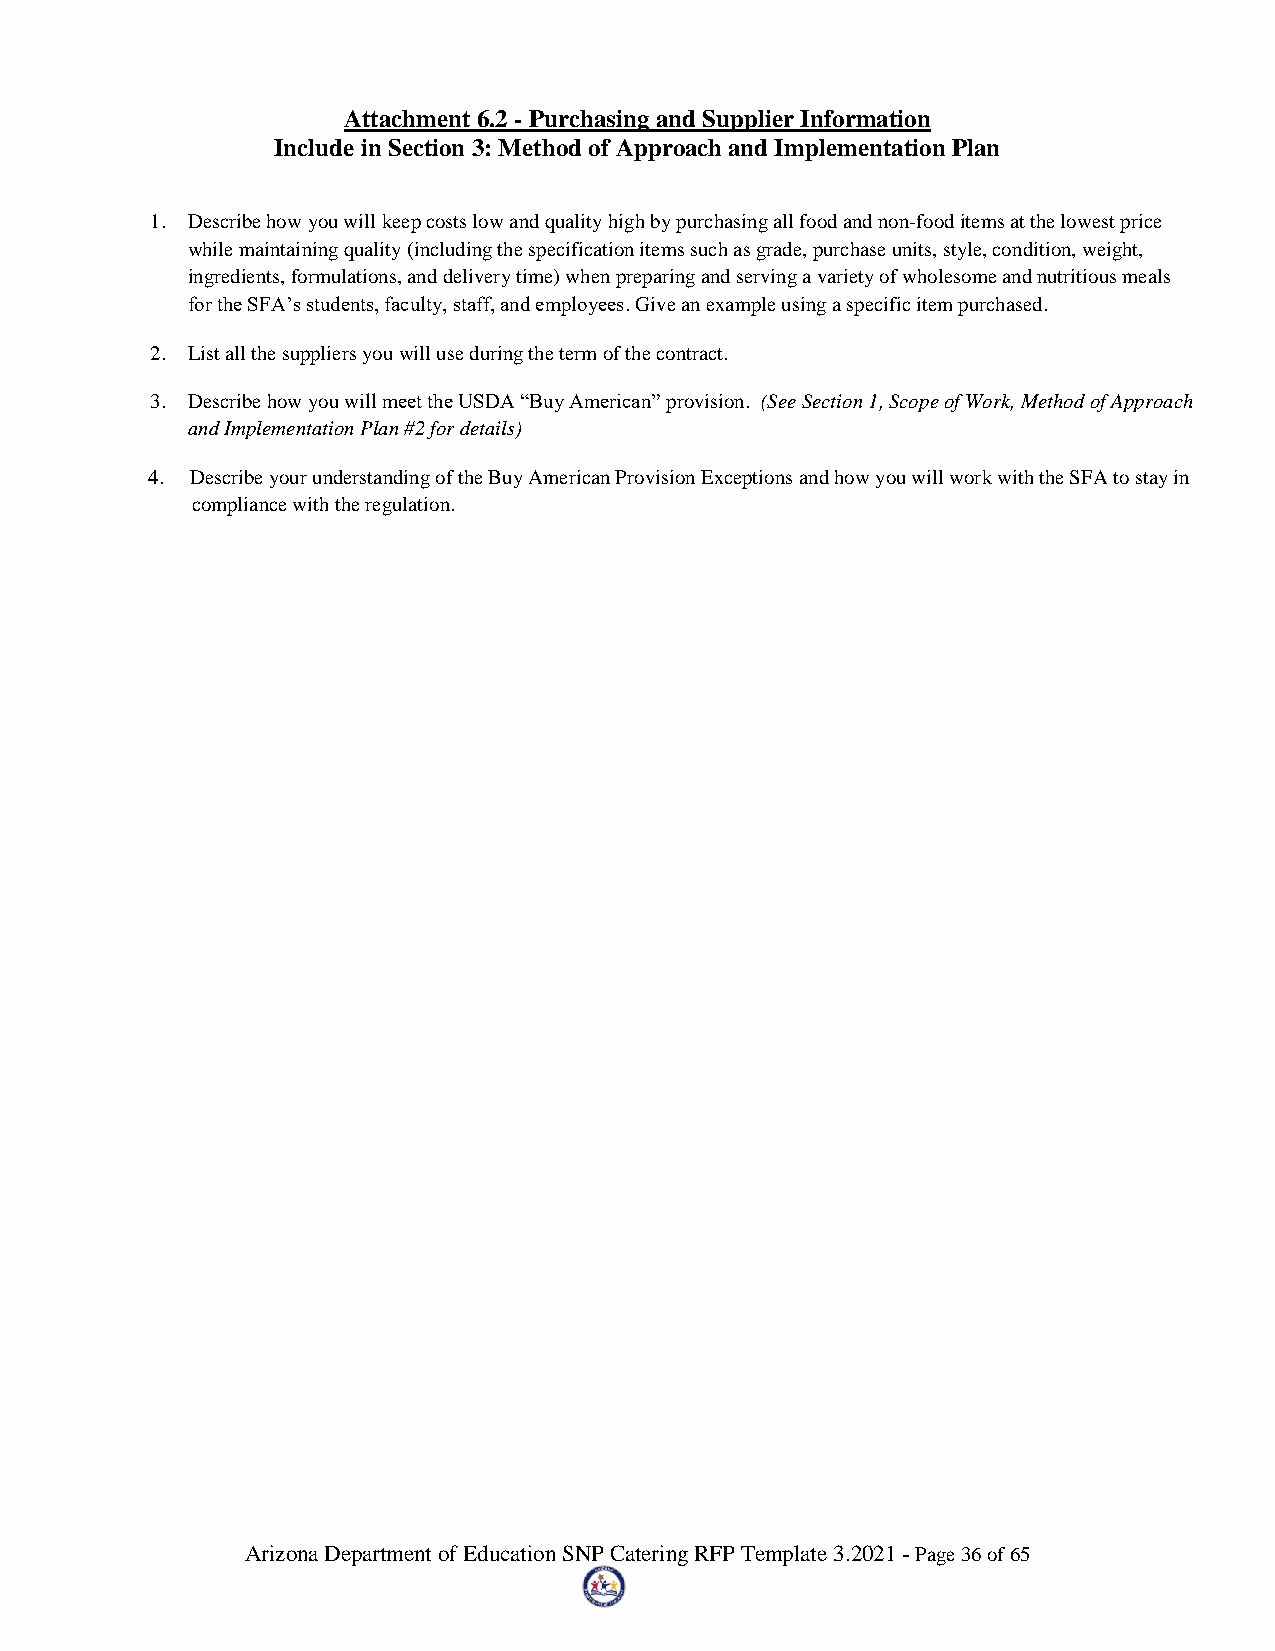
Attachment 6.2 - Purchasing and Supplier Information
 Include in Section 3: Method of Approach and Implementation Plan
 1. Describe how you will keep costs low and quality high by purchasing all food and non-food items at the lowest price
 while maintaining quality (including the specification items such as grade, purchase units, style, condition, weight,
 ingredients, formulations, and delivery time) when preparing and serving a variety of wholesome and nutritious meals
 for the SFA’s students, faculty, staff, and employees. Give an example using a specific item purchased.
 2. List all the suppliers you will use during the term of the contract.
 3. Describe how you will meet the USDA “Buy American” provision. (See Section 1, Scope of Work, Method of Approach
 and Implementation Plan #2 for details)
 4. Describe your understanding of the Buy American Provision Exceptions and how you will work with the SFA to stay in
 compliance with the regulation.
 Arizona Department of Education SNP Catering RFP Template 3.2021 - Page 36 of 65